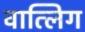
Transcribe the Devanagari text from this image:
वात्लिग